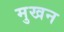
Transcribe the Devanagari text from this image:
मुखन